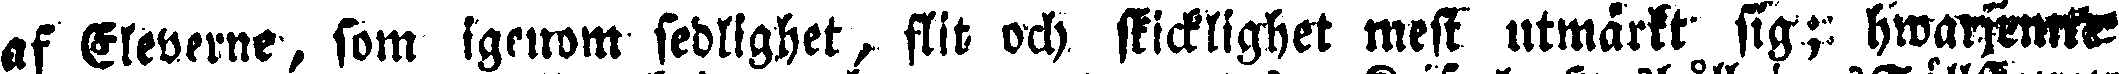
af Eleverne, som igenom sedlighet, flit och skicklighet mest utmärkt sig; hwarjemte